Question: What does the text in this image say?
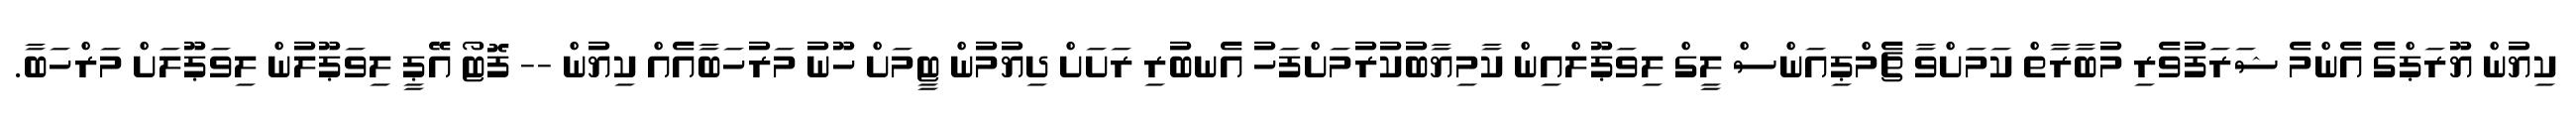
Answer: ކިޔުން ޔޫރަޕްގެ އެންމެ ޝަރަފުވެރި މުބާރާތް ކަމަށްވާ ޗެމްޕިއަންސް ލީގް ލިވަޕޫލްއިން ކާމިޔާބުކުރުމަށްފަހު އެނބުރި ރަށަށް ދިޔުމުން ޓީމަށް ހޫނު މަރުހަބާއެއް ކިޔުން -- ފޮޓޯ އޭޕީ ލިވަޕޫލުން ލިވަޕޫލަށް މަރްހަބާ.